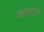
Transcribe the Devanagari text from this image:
अहमदाने